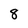
Character: 8